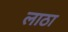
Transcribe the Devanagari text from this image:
लाठा